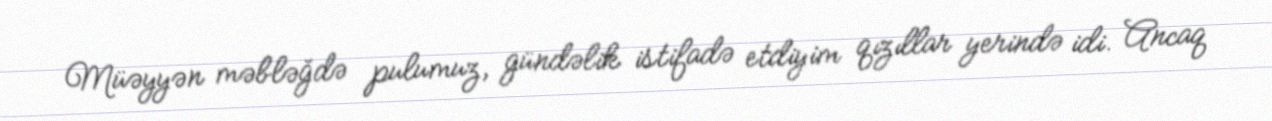
Müəyyən məbləğdə pulumuz, gündəlik istifadə etdiyim qızıllar yerində idi. Ancaq